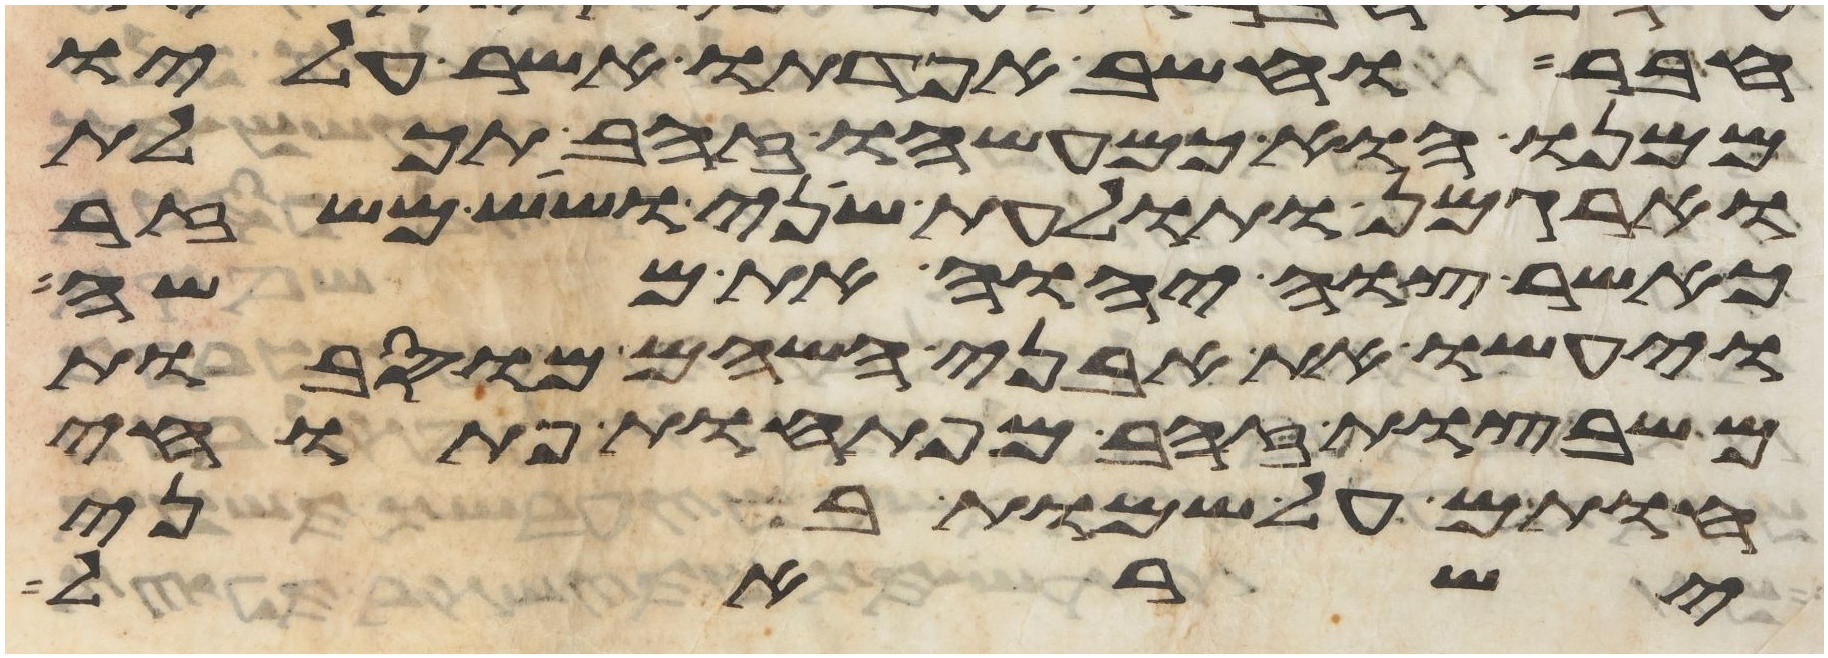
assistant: חבר וחשב אפדתו אשר עליו
ממנו הוא כמעשהו זהב תכלת
וארגמן ותולעת שני ושש משזר
כאשר צוה יהוה את משה
ויעשו את אבני השהם מוסבות
משבצות זהב מפתחות פתוחי
חותם על שמות בני
ישראל